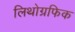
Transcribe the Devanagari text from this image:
लिथोग्रफिक